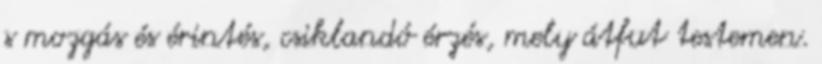
s mozgás és érintés, csiklandó érzés, mely átfut testemen.